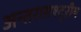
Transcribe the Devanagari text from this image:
अन्तरासश्ट्ऱीय